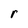
Character: r